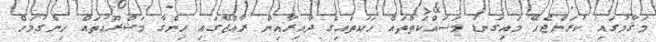
މަޤާމުގައި ކުރަންޖެހޭ މައިގަނޑު މަސައްކަތްތައް ހަކަތައިގެ ދާއިރާއިން ރާއްޖޭގައި ހިންގާ މަޝްރޫޢުތައް ހިންގުމަށް